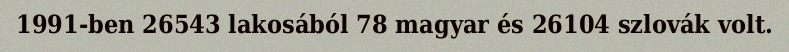
1991-ben 26543 lakosából 78 magyar és 26104 szlovák volt.